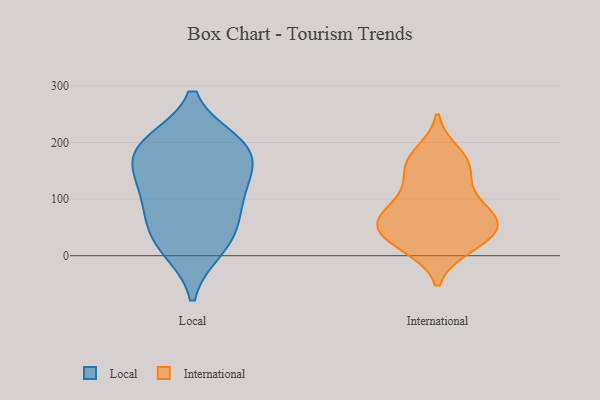
{"axis": {"x": "LTV (USD)", "y": "Value"}, "legend": ["International", "Local"], "data": [{"x": "", "y": 94, "type": "Local"}, {"x": "", "y": 11, "type": "Local"}, {"x": "", "y": 135, "type": "Local"}, {"x": "", "y": 190, "type": "Local"}, {"x": "", "y": 124, "type": "Local"}, {"x": "", "y": 52, "type": "Local"}, {"x": "", "y": 187, "type": "Local"}, {"x": "", "y": 67, "type": "Local"}, {"x": "", "y": 153, "type": "Local"}, {"x": "", "y": 18, "type": "Local"}, {"x": "", "y": 198, "type": "Local"}, {"x": "", "y": 200, "type": "Local"}, {"x": "", "y": 52, "type": "International"}, {"x": "", "y": 92, "type": "International"}, {"x": "", "y": 52, "type": "International"}, {"x": "", "y": 16, "type": "International"}, {"x": "", "y": 148, "type": "International"}, {"x": "", "y": 48, "type": "International"}, {"x": "", "y": 166, "type": "International"}, {"x": "", "y": 17, "type": "International"}, {"x": "", "y": 30, "type": "International"}, {"x": "", "y": 181, "type": "International"}, {"x": "", "y": 63, "type": "International"}, {"x": "", "y": 79, "type": "International"}, {"x": "", "y": 115, "type": "International"}, {"x": "", "y": 64, "type": "International"}, {"x": "", "y": 160, "type": "International"}]}